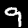
Digit: 9